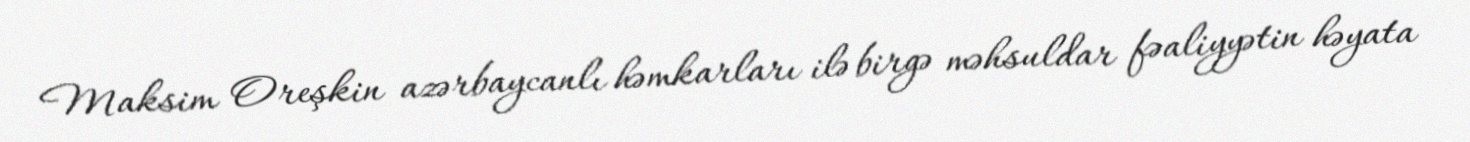
Maksim Oreşkin azərbaycanlı həmkarları ilə birgə məhsuldar fəaliyyətin həyata